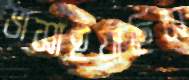
ভাসাইয়াছিস